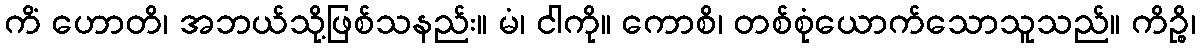
ကိံ ဟောတိ၊ အဘယ်သို့ဖြစ်သနည်း။ မံ၊ ငါကို။ ကောစိ၊ တစ်စုံယောက်သောသူသည်။ ကိဉ္စိ၊